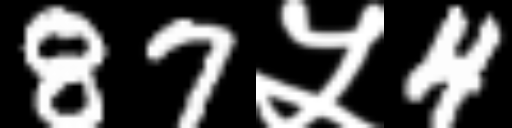
Text: 87५4